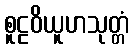
စူဠဝိယူဟသုတ္တံ